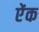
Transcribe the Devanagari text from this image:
ऐंक